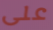
على